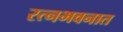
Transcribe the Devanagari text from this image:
रत्‍नभवनात